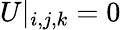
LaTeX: U|_{i,j,k}=\mathrm{0}